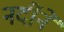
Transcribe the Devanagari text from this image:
नदींने